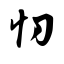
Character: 忉